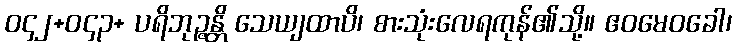
ဝ၄၂+ဝ၄၃+ ပရိဘုဉ္ဇန္တိ သေယျထာပိ၊ စားသုံးလေရကုန်၏သို့။ ဧဝမေဝခေါ၊